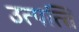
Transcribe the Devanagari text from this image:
उत्पत्‍ति